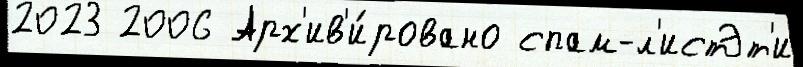
2023 2006 Арх'ив'и́ровано спам-л'истЭт'и